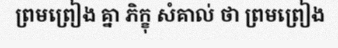
ព្រមព្រៀង គ្នា ភិក្ខុ សំគាល់ ថា ព្រមព្រៀង